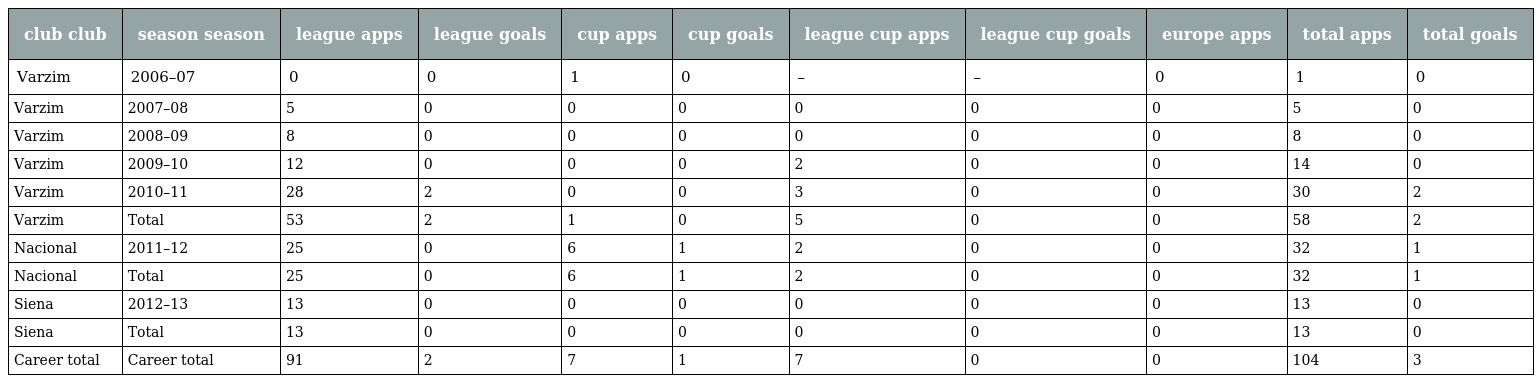
| club club | season season | league apps | league goals | cup apps | cup goals | league cup apps | league cup goals | europe apps | total apps | total goals |
 | --- | --- | --- | --- | --- | --- | --- | --- | --- | --- | --- |
 | Varzim | 2006–07 | 0 | 0 | 1 | 0 | – | – | 0 | 1 | 0 |
 | Varzim | 2007–08 | 5 | 0 | 0 | 0 | 0 | 0 | 0 | 5 | 0 |
 | Varzim | 2008–09 | 8 | 0 | 0 | 0 | 0 | 0 | 0 | 8 | 0 |
 | Varzim | 2009–10 | 12 | 0 | 0 | 0 | 2 | 0 | 0 | 14 | 0 |
 | Varzim | 2010–11 | 28 | 2 | 0 | 0 | 3 | 0 | 0 | 30 | 2 |
 | Varzim | Total | 53 | 2 | 1 | 0 | 5 | 0 | 0 | 58 | 2 |
 | Nacional | 2011–12 | 25 | 0 | 6 | 1 | 2 | 0 | 0 | 32 | 1 |
 | Nacional | Total | 25 | 0 | 6 | 1 | 2 | 0 | 0 | 32 | 1 |
 | Siena | 2012–13 | 13 | 0 | 0 | 0 | 0 | 0 | 0 | 13 | 0 |
 | Siena | Total | 13 | 0 | 0 | 0 | 0 | 0 | 0 | 13 | 0 |
 | Career total | Career total | 91 | 2 | 7 | 1 | 7 | 0 | 0 | 104 | 3 |